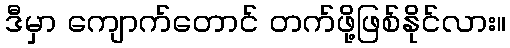
ဒီမှာ ကျောက်တောင် တက်ဖို့ဖြစ်နိုင်လား။